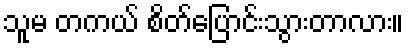
သူမ တကယ် စိတ်ပြောင်းသွားတာလား။